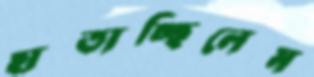
হাতাচ্ছিলেম